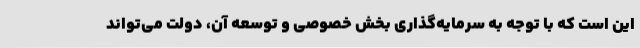
این است که با توجه به سرمایه‌گذاری بخش خصوصی و توسعه آن، دولت می‌تواند